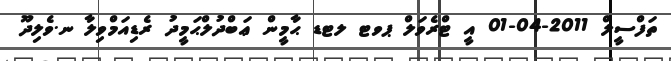
ތަފްސީލް 2011-04-01 އީ ޓްރެވަލް ޕވޓ ލޓޑ ޙާމީން ޢަބްދުލްޙަމީދު ރެޑިއަމްވިލާ ނ.ވެލިދޫ